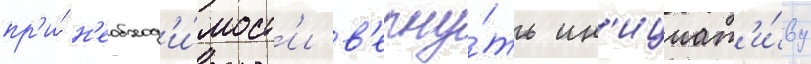
пр'и́ н'еобход'и́мост'и в'ерну́ть ин'ициат'и́ву